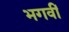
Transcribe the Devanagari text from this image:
भगवीं